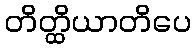
တိတ္ထိယာတိပေ